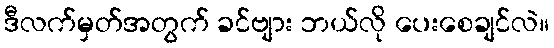
ဒီလက်မှတ်အတွက် ခင်ဗျား ဘယ်လို ပေးစေချင်လဲ။